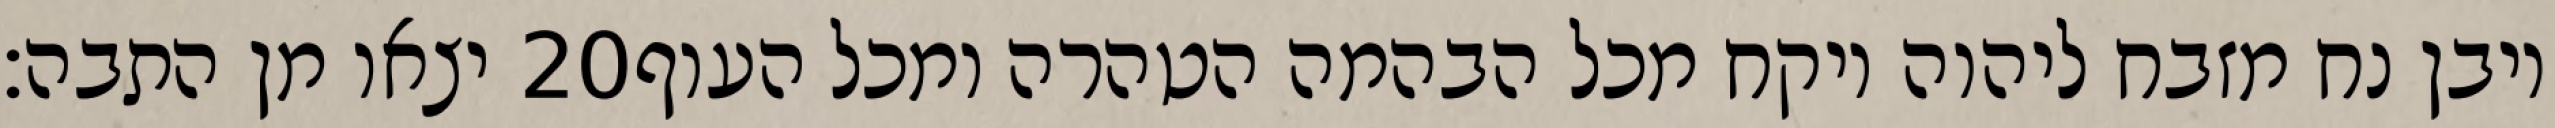
יצאו מן התבה׃ ‎20‏ ויבן נח מזבח ליהוה ויקח מכל הבהמה הטהרה ומכל העוף